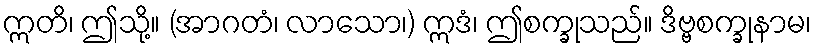
ဣတိ၊ ဤသို့။ (အာဂတံ၊ လာသော၊) ဣဒံ၊ ဤစက္ခုသည်။ ဒိဗ္ဗစက္ခုနာမ၊